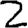
Digit: 2